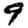
Digit: 9